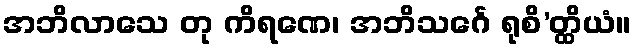
အဘိလာသေ တု ကိရဏေ၊ အဘိသင်္ဂေ ရုစိ’တ္ထိယံ။